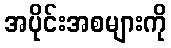
အပိုင်းအစများကို